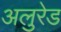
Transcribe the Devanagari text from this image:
अलुरेड